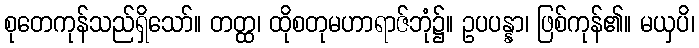
စုတေကုန်သည်ရှိသော်။ တတ္ထ၊ ထိုစတုမဟာရာဇ်ဘုံ၌။ ဥပပန္နာ၊ ဖြစ်ကုန်၏။ မယှပိ၊